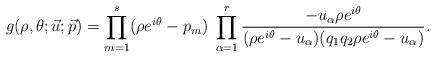
LaTeX: \begin{align*} g(\rho,\theta;\vec{u};\vec{p}) &= \prod_{m=1}^s (\rho e^{i \theta} - p_m) \; \prod_{\alpha=1}^r \frac{ - u_\alpha \rho e^{i\theta}} {(\rho e^{i\theta} - u_\alpha) (q_1 q_2 \rho e^{i\theta}- u_\alpha)}. \end{align*}